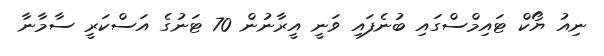
ނިއު ޔޯކް ޓައިމްސްގައި ބުނެފައި ވަނީ އީރާނުން 70 ޓަނުގެ އަސްކަރީ ސާމާނާ